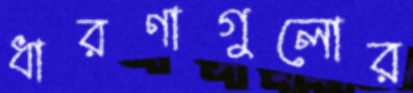
ধারণাগুলোর